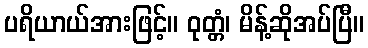
ပရိယာယ်အားဖြင့်။ ဝုတ္တံ၊ မိန့်ဆိုအပ်ပြီ။